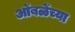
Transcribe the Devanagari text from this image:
ओंबळेंच्या